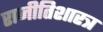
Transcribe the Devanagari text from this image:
राजीतिशारत्र